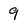
Character: 9